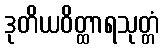
ဒုတိယဝိတ္ထာရသုတ္တံ